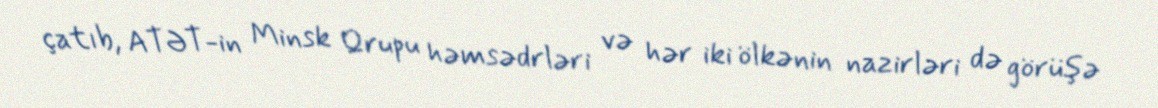
çatıb, ATƏT-in Minsk Qrupu həmsədrləri və hər iki ölkənin nazirləri də görüşə